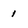
Character: 1